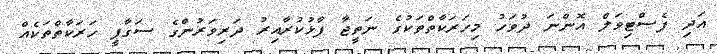
އަދި ފެސްޓިވަލް އޮންނަ ދުވަހު މިހަރަކާތްތަކުގެ ނަތީޖާ ފާޅުކުރާއިރު ދަރިވަރުންގެ ސަގާފީ ހަރަކާތްތަކެއް